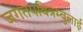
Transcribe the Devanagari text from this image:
जगतपवित्रम्बुलाई